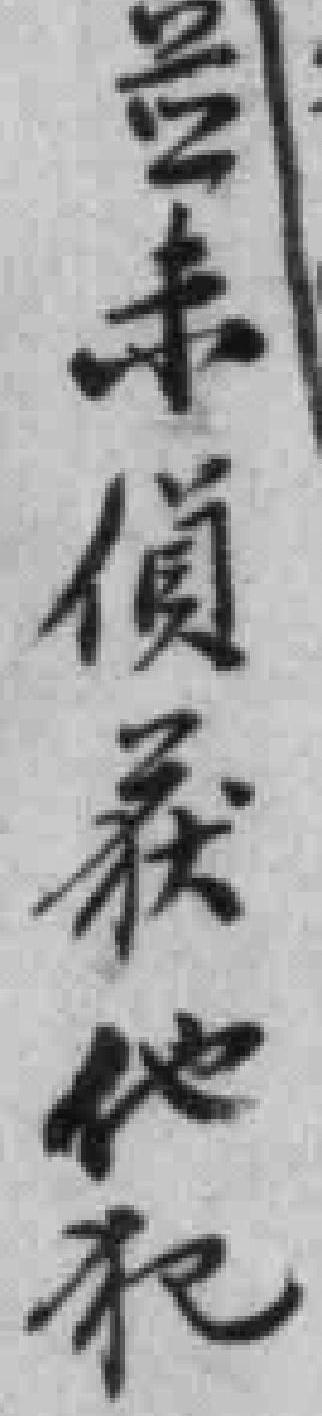
並未偵獲他犯